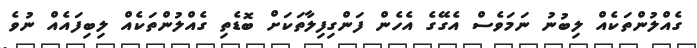
ގެއްލުންތަކެއް ލިބުނު ނަމަވެސް އެގޭގެ އެހެން ފަންގިފިލާތަކަށް ބޮޑެތި ގެއްލުންތަކެއް ލިބިފައެއް ނުވެ